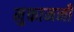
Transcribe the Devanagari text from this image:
मुक्तामनी